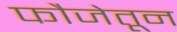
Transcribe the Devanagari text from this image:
फौजेतून